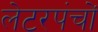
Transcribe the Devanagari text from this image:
लेटरपंचों